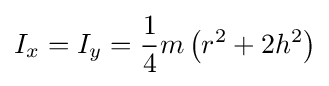
I_{x}=I_{y}={\frac {1}{4}}m\left(r^{2}+2h^{2}\right)\,\!